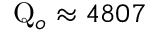
\mathrm { Q } _ { o } \approx 4 8 0 7